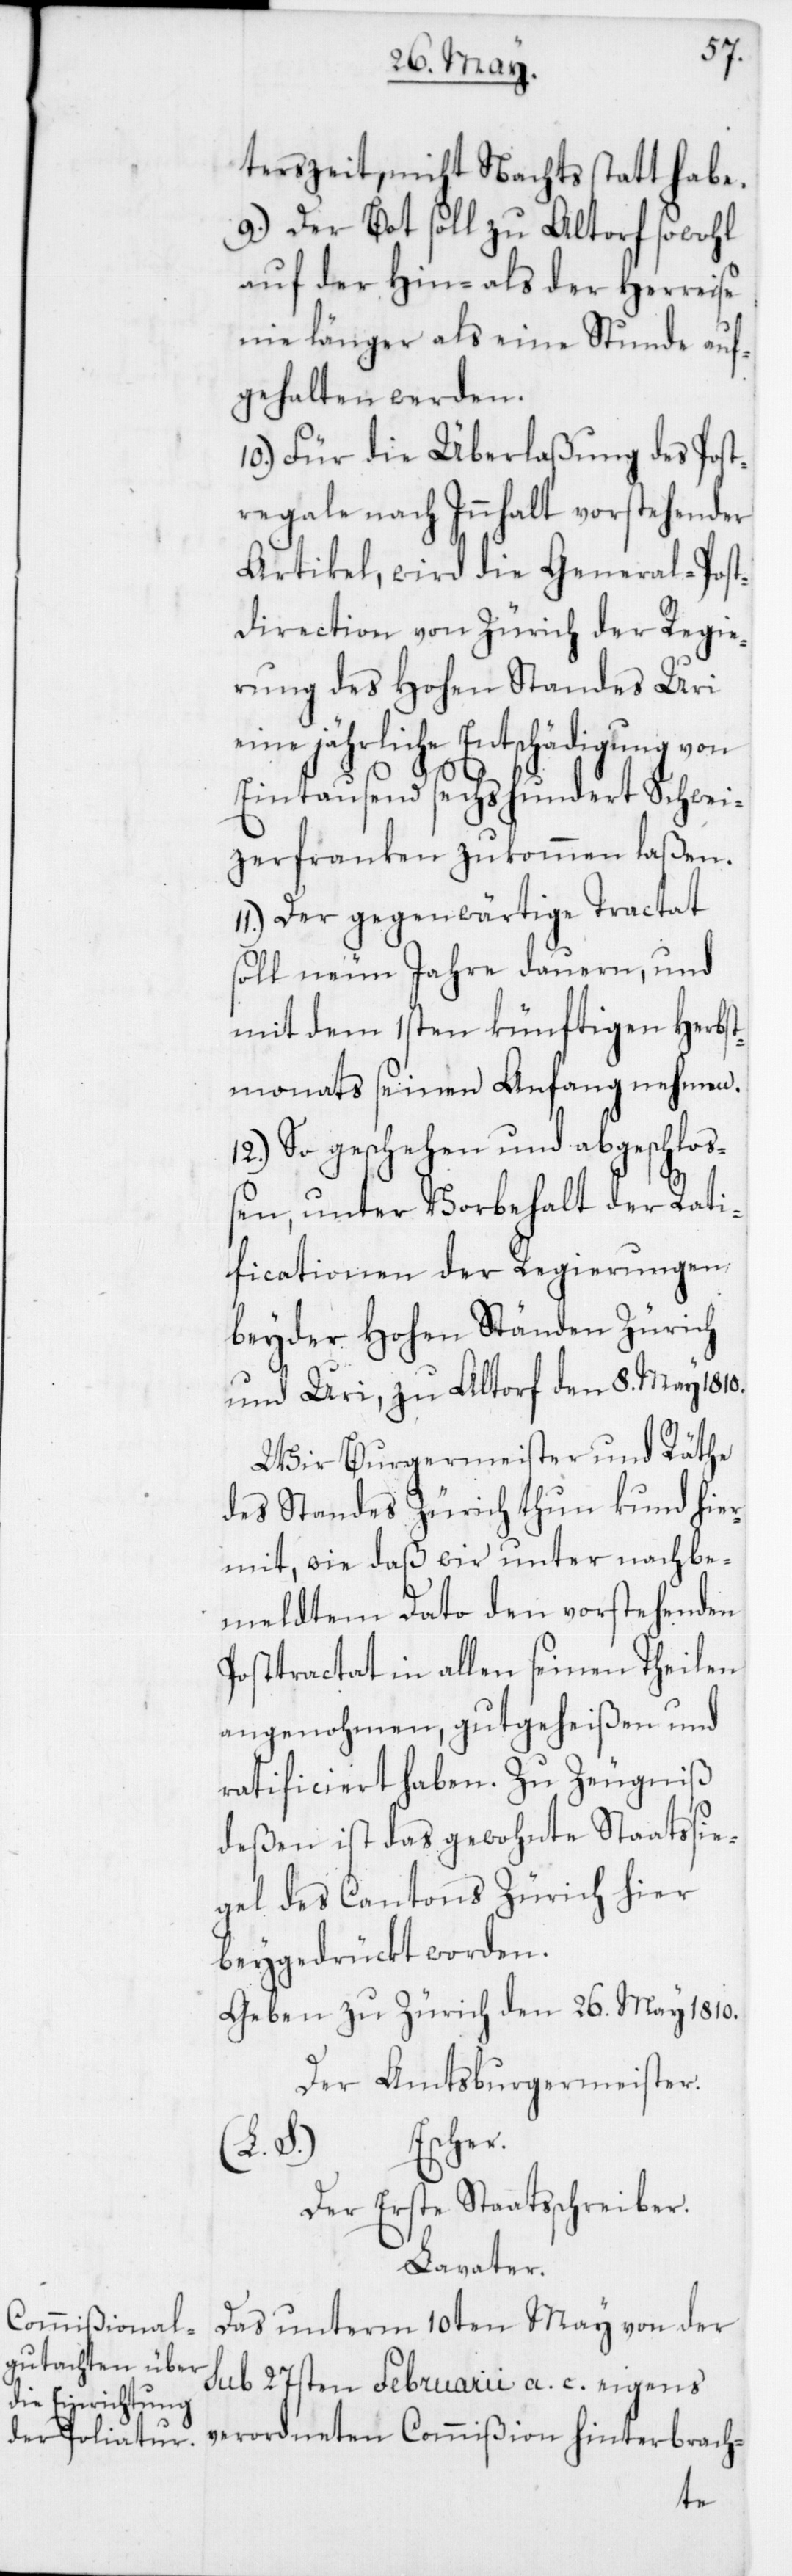
terszeit, nicht Nachts statt habe.
9. Der Bot soll zu Altorf sowohl
auf der Hin- als der Herreise
nie länger als eine Stunde auf¬
gehalten werden.
10. Für die Überlaßung des Post¬
regale nach Innhalt vorstehender
Artikel, wird die General-Post¬
direction von Zürich der Regie¬
rung des Hohen Standes Uri
eine jährliche Entschädigung von
Eintausend sechshundert Schwei¬
zerfranken zukommen laßen.
11. Der gegenwärtige Tractat
soll neun Jahre dauern, und
mit dem 1sten künftigen Herbst¬
monats seinen Anfang nehmen.
12. So geschehen und abgeschloß¬
en, unter Vorbehalt der Rati¬
ficationen der Regierungen
beyder Hohen Ständen Zürich
und Uri, zu Altorf den 8ten May 1810.
Wir Burgermeister und Räthe
des Standes Zürich thun kund hier¬
mit, wie daß wir unter nachbe¬
meldtem Dato den vorstehenden
Postractat in allen seinen Theilen
angenohmen, gutgeheißen und
ratificiert haben. Zu Zeugnis
deßen ist das gewohnte Staatssie¬
gel des Cantons Zürich hier
beygedrückt worden.
Geben zu Zürich den 26. May 1810.
Der Amtsburgermeister.
(L. S.) Escher.
Der Erste Staatsschreiber.
Lavater.
Das unterm 10ten May von der
sub 27sten Februarii a. c. eigens
verordneten Commißion hinterbrach-